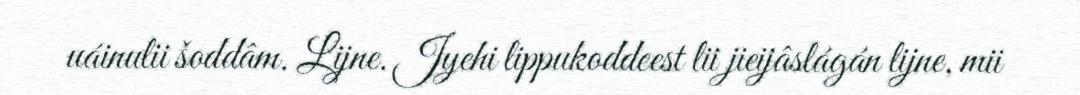
uáinulii šoddâm. Lijne. Jyehi lippukoddeest lii jieijâslágán lijne, mii